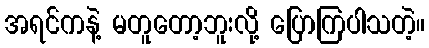
အရင်ကနဲ့ မတူတော့ဘူးလို့ ပြောကြပါသတဲ့။